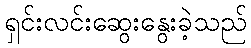
ရှင်းလင်းဆွေးနွေးခဲ့သည်